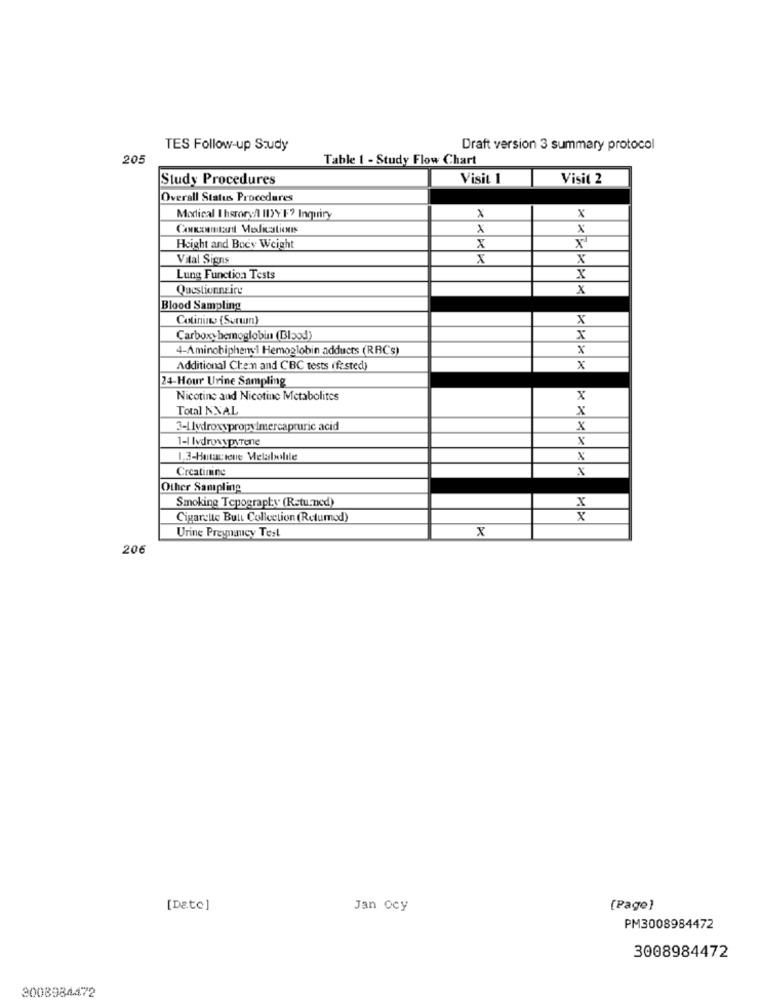
TES Follow-up Study
Draft version 3 summary protocol
205
Table 1 - Study Flow Chart
Study Procedures
Visit
Visit 2
Overall Status Procedures
Modical I hsrory/ IDY F? Inquiry
x
x
Height and Body Weight
x
x
Vital Signs
x
X
Lung Function Tests
X
Questionnaire
x
Blood Sampling
Colinins (Serum)
X
Carboxyhemoglobin (Blood)
x
4-Aminobiphenyl Hemoglobin adducts (RRCs)
Additional Chen and CBC tests (fz sted)
x
24-Hour Urine Sampling
Nicotine and Nicotine Metabolites
x
Total NXAL
x
3-1 lvdroxypropylmercapturic acid
x
1-1 Ivdrosypyrene
×
1,3-Hutaciene Metabolile
x
Creatinine
x
Other Sampling
Smoking Tepography (Returned)
X
Cigarette Buli Collection (Returned)
Urine Pregnancy Test
x
206
[Date]
Jan ocy
[Page]
PM3008984472
3008984472
3008984472